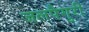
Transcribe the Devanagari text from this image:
जलपैगुरी